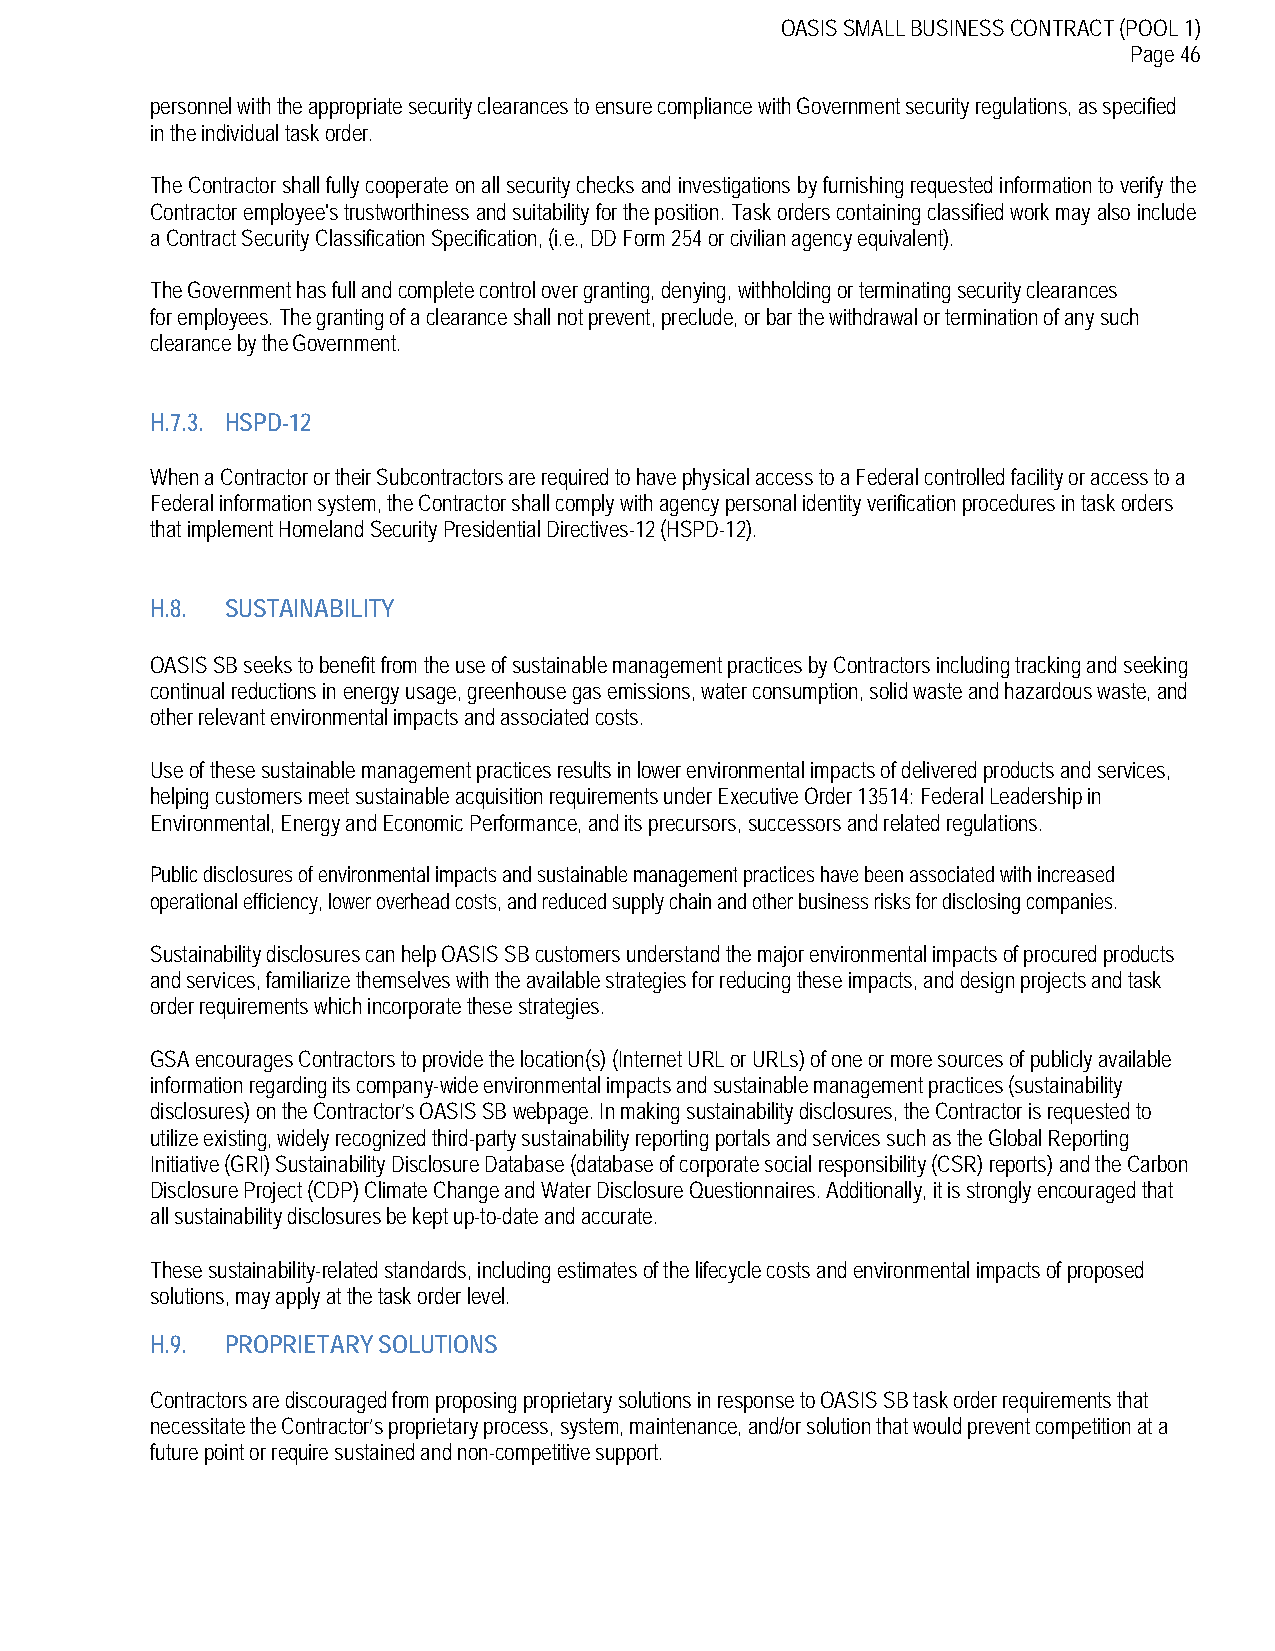
OASIS SMALL BUSINESS CONTRACT (POOL 1)
 Page 46
 personnel with the appropriate security clearances to ensure compliance with Government security regulations, as specified
 in the individual task order.
 The Contractor shall fully cooperate on all security checks and investigations by furnishing requested information to verify the
 Contractor employee's trustworthiness and suitability for the position. Task orders containing classified work may also include
 a Contract Security Classification Specification, (i.e., DD Form 254 or civilian agency equivalent).
 The Government has full and complete control over granting, denying, withholding or terminating security clearances
 for employees. The granting of a clearance shall not prevent, preclude, or bar the withdrawal or termination of any such
 clearance by the Government.
 H.7.3. HSPD-12
 When a Contractor or their Subcontractors are required to have physical access to a Federal controlled facility or access to a
 Federal information system, the Contractor shall comply with agency personal identity verification procedures in task orders
 that implement Homeland Security Presidential Directives-12 (HSPD-12).
 H.8. SUSTAINABILITY
 OASIS SB seeks to benefit from the use of sustainable management practices by Contractors including tracking and seeking
 continual reductions in energy usage, greenhouse gas emissions, water consumption, solid waste and hazardous waste, and
 other relevant environmental impacts and associated costs.
 Use of these sustainable management practices results in lower environmental impacts of delivered products and services,
 helping customers meet sustainable acquisition requirements under Executive Order 13514: Federal Leadership in
 Environmental, Energy and Economic Performance, and its precursors, successors and related regulations.
 Public disclosures of environmental impacts and sustainable management practices have been associated with increased
 operational efficiency, lower overhead costs, and reduced supply chain and other business risks for disclosing companies.
 Sustainability disclosures can help OASIS SB customers understand the major environmental impacts of procured products
 and services, familiarize themselves with the available strategies for reducing these impacts, and design projects and task
 order requirements which incorporate these strategies.
 GSA encourages Contractors to provide the location(s) (Internet URL or URLs) of one or more sources of publicly available
 information regarding its company-wide environmental impacts and sustainable management practices (sustainability
 disclosures) on the Contractor’s OASIS SB webpage. In making sustainability disclosures, the Contractor is requested to
 utilize existing, widely recognized third-party sustainability reporting portals and services such as the Global Reporting
 Initiative (GRI) Sustainability Disclosure Database (database of corporate social responsibility (CSR) reports) and the Carbon
 Disclosure Project (CDP) Climate Change and Water Disclosure Questionnaires. Additionally, it is strongly encouraged that
 all sustainability disclosures be kept up-to-date and accurate.
 These sustainability-related standards, including estimates of the lifecycle costs and environmental impacts of proposed
 solutions, may apply at the task order level.
 H.9. PROPRIETARY SOLUTIONS
 Contractors are discouraged from proposing proprietary solutions in response to OASIS SB task order requirements that
 necessitate the Contractor’s proprietary process, system, maintenance, and/or solution that would prevent competition at a
 future point or require sustained and non-competitive support.